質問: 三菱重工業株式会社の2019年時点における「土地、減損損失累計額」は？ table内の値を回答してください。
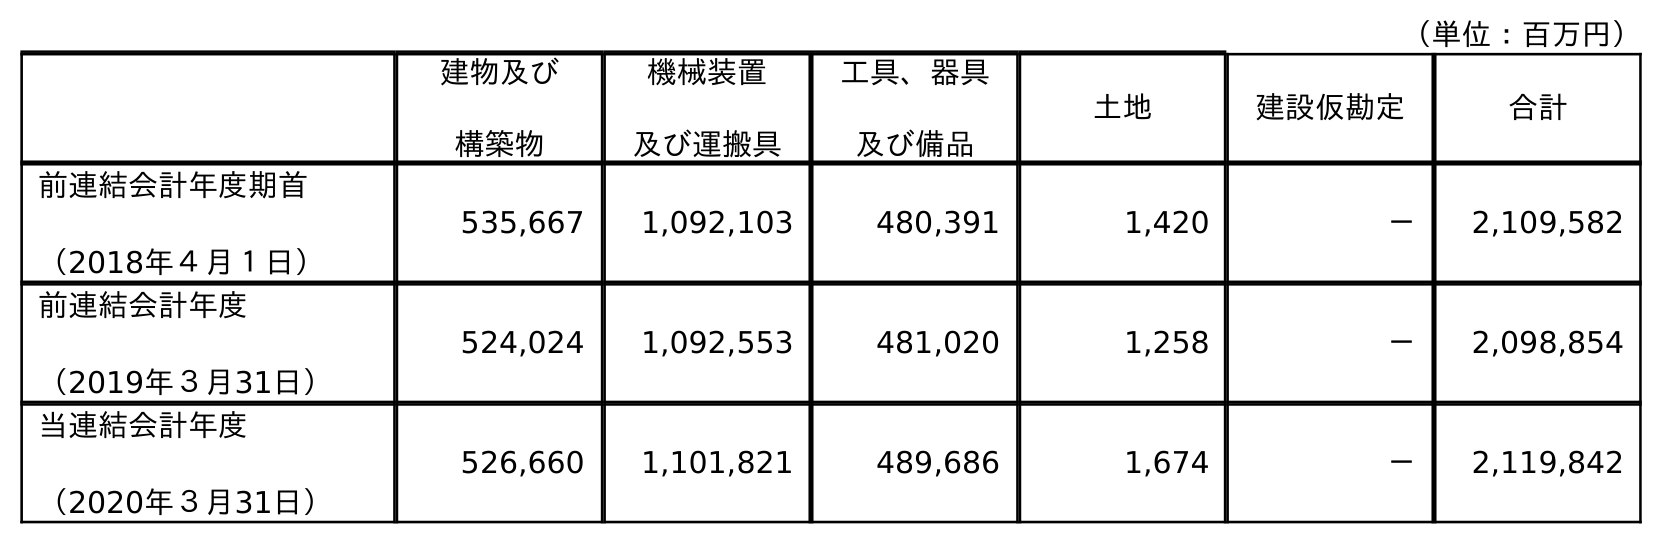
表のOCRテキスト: （単位：百万円） 建物及び 構築物 機械装置 及び運搬具 工具、器具 及び備品 土地 建設仮勘定 合計 前連結会計年度期首 （2018年４月１日） 535,667 1,092,103 480,391 1,420 － 2,109,582 前連結会計年度 （2019年３月31日） 524,024 1,092,553 481,020 1,258 － 2,098,854 当連結会計年度 （2020年３月31日） 526,660 1,101,821 489,686 1,674 － 2,119,842
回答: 1,258